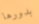
بدورها